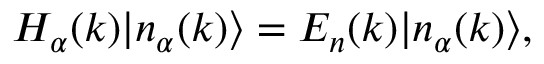
H _ { \alpha } ( k ) | n _ { \alpha } ( k ) \rangle = E _ { n } ( k ) | n _ { \alpha } ( k ) \rangle ,